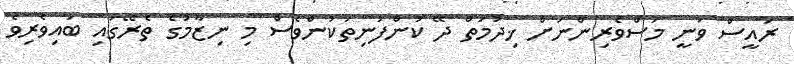
ރައީސް ވަނީ މަސްވެރިންނަށް ޚިދުމަތް ދޭ ކުންފުނިތަކުންވެސް މި ނިޒާމުގެ ތެރޭގައި ބައިވެރިވެ